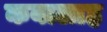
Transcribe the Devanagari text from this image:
कबालाह